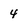
Character: 4